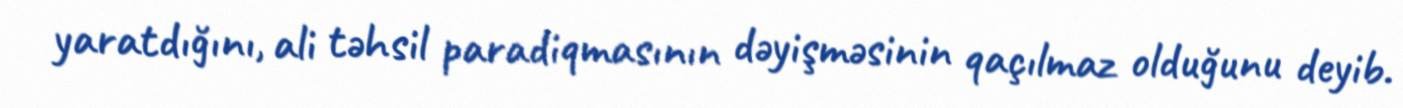
yaratdığını, ali təhsil paradiqmasının dəyişməsinin qaçılmaz olduğunu deyib.